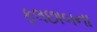
ફૂલછાબના